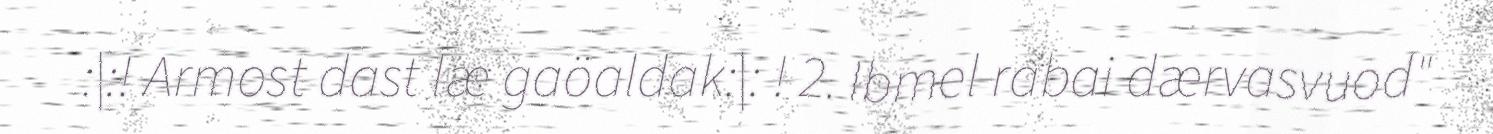
:|:! Armost dast læ gaöaldak:|: ! 2. Ibmel rabai dærvasvuod"